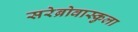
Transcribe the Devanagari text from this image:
सरेब्रोवास्कुला